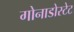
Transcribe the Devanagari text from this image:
गोनाडोस्टेट